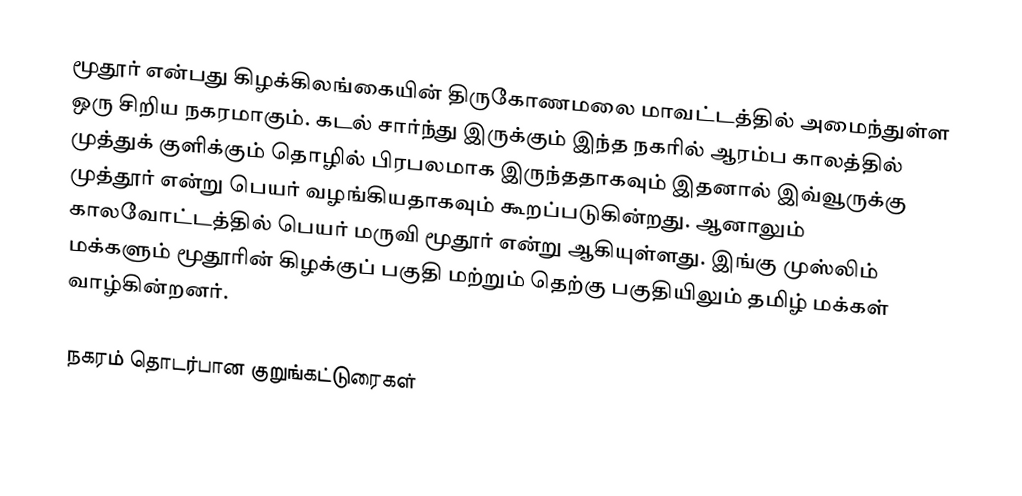
மூதூர் என்பது கிழக்கிலங்கையின் திருகோணமலை மாவட்டத்தில் அமைந்துள்ள ஒரு சிறிய நகரமாகும். கடல் சார்ந்து இருக்கும் இந்த நகரில் ஆரம்ப காலத்தில் முத்துக் குளிக்கும் தொழில் பிரபலமாக இருந்ததாகவும் இதனால் இவ்வூருக்கு முத்தூர் என்று பெயர் வழங்கியதாகவும் கூறப்படுகின்றது. ஆனாலும் காலவோட்டத்தில் பெயர் மருவி மூதூர் என்று ஆகியுள்ளது. இங்கு முஸ்லிம் மக்களும் மூதூரின் கிழக்குப் பகுதி மற்றும் தெற்கு பகுதியிலும் தமிழ் மக்கள் வாழ்கின்றனர்.

நகரம் தொடர்பான குறுங்கட்டுரைகள்